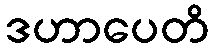
ဒဟာပေတိ